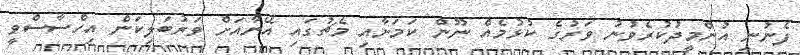
ފެނުނީ އުންމީދުކުރެވުނު ވަރުގެ ކުޅުމެއް ނޫން ކަމަށާއި މެޗުގައި އޭނާއަށް ވަރުބަލިކަން އިހްސާސްވީ